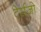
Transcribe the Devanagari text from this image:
टेर्राज़ो